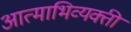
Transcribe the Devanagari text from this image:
आत्माभिव्यक्ती